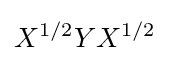
X^{1/2}YX^{1/2}